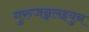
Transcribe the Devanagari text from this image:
गुरुजन्नलइयुन